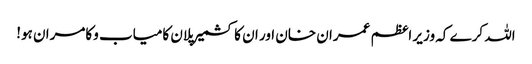
اللہ کرے کہ وزیر اعظم عمران خان اور ان کا کشمیر پلان کامیاب وکامران ہو!